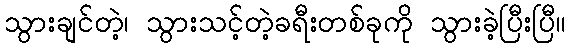
သွားချင်တဲ့၊ သွားသင့်တဲ့ခရီးတစ်ခုကို သွားခဲ့ပြီးပြီ။